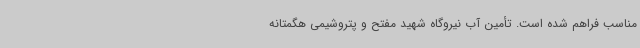
مناسب فراهم شده است. تأمین آب نیروگاه شهید مفتح و پتروشیمی هگمتانه